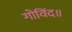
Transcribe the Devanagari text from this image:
गोविंद॥